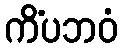
ကိံပဘဝံ